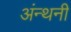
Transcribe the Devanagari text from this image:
अंन्थनी